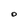
Character: O